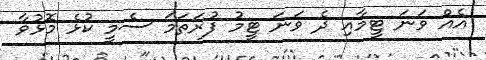
އެއް ވަނަ ޓީމާއި ދެ ވަނަ ޓީމު ފުރަތަމަ ސެމީ ކުޅެ މޮޅުވާ